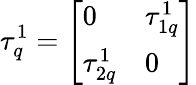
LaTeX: \tau_{q}^{1}=\left[\begin{array}{ll}{{0}}&{{\tau_{1q}^{1}}}\\ {{\tau_{2q}^{1}}}&{{0}}\end{array}\right]